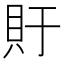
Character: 𫎏